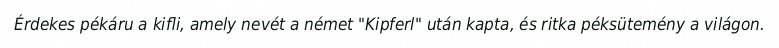
Érdekes pékáru a kifli, amely nevét a német "Kipferl" után kapta, és ritka péksütemény a világon.